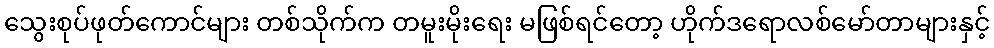
သွေးစုပ်ဖုတ်ကောင်များ တစ်သိုက်က တမူးမိုးရေး မဖြစ်ရင်တော့ ဟိုက်ဒရောလစ်မော်တာများနှင့်